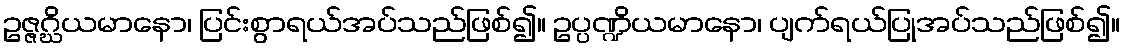
ဥဇ္ဇဂ္ဃိယမာနော၊ ပြင်းစွာရယ်အပ်သည်ဖြစ်၍။ ဥပ္ပဏ္ဍိယမာနော၊ ပျက်ရယ်ပြုအပ်သည်ဖြစ်၍။